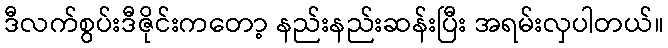
ဒီလက်စွပ်းဒီဇိုင်းကတော့ နည်းနည်းဆန်းပြီး အရမ်းလှပါတယ်။